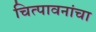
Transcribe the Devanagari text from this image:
चित्पावनांचा